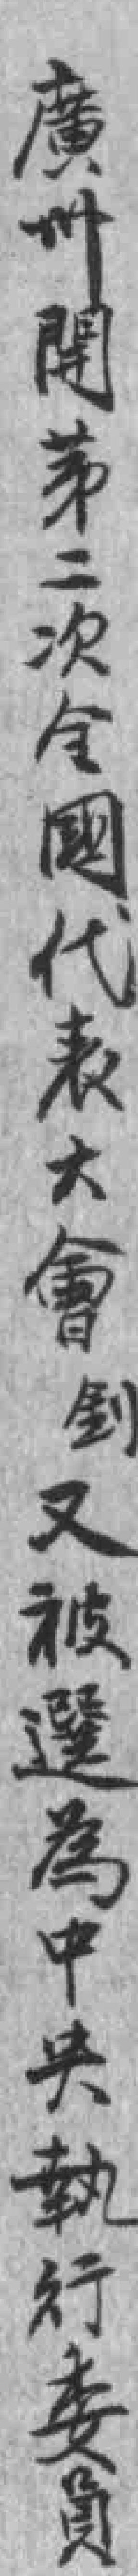
廣州開第二次全國代表大會釗又被選為中央執行委員